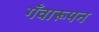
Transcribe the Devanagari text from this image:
गँवारूपन